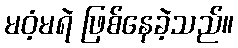
မဝံ့မရဲ ဖြစ်နေခဲ့သည်။